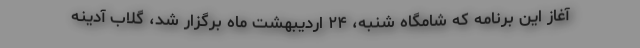
آغاز این برنامه که شامگاه شنبه، ۲۴ اردیبهشت ماه برگزار شد، گلاب آدینه